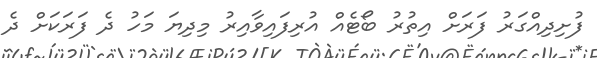
ފުށިދިއްގަރު ފަރަށް އިތުރު ބޯޓެއް އުރިފައިވާއިރު މިދިޔަ މަހު ދެ ފަރަކަށް ދެ